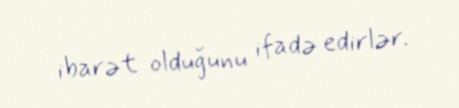
ibarət olduğunu ifadə edirlər.